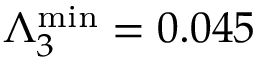
\Lambda _ { 3 } ^ { \mathrm { m i n } } = 0 . 0 4 5